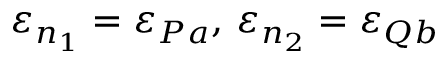
\varepsilon _ { n _ { 1 } } = \varepsilon _ { P a } , \, \varepsilon _ { n _ { 2 } } = \varepsilon _ { Q b }